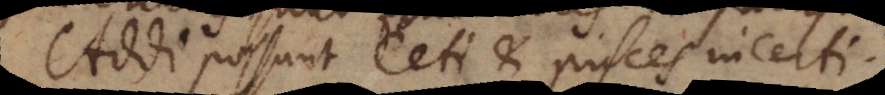
Addi possunt Ceti et pisces incerti.